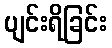
ပျင်းရိခြင်း